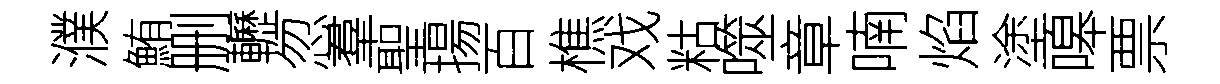
濮鮪删轣忽羣聖揚百樵戏䊀噬章喃焰塗嗥票